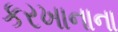
કરખાનાના